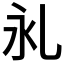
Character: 𰀺